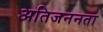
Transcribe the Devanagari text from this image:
अतिजननता